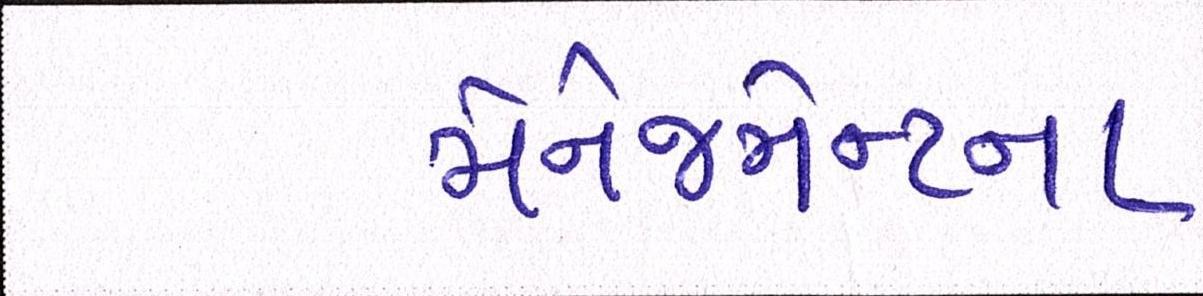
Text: મેનેજમેન્ટના